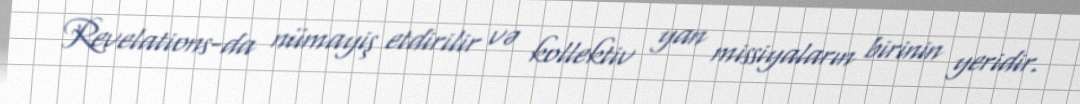
Revelations-da nümayiş etdirilir və kollektiv yan missiyaların birinin yeridir.